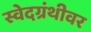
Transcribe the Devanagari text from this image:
स्वेदग्रंथीवर